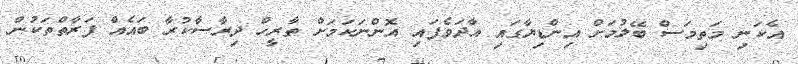
އެކަނި މަތިމަސް ބޭލުމަށް އިންޑިޔާގައި އާދަވެފައި އޮންނަކަމަށް ތާރީހް ދިރާސާކުރާ ބައެއް ފަރާތްތަކުން